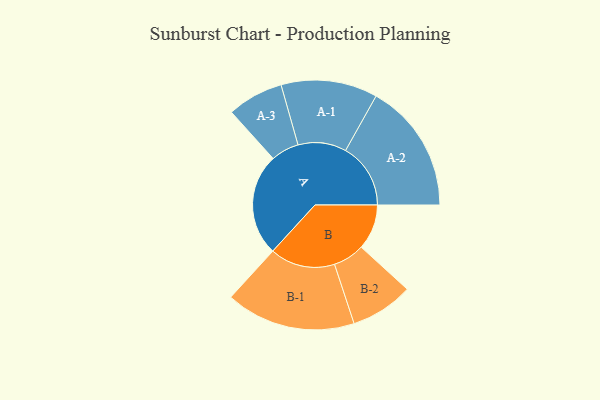
{"axis": {"x": "Segment", "y": "Value"}, "legend": ["", "A", "B"], "data": [{"x": "A", "y": 426, "type": ""}, {"x": "B", "y": 189, "type": ""}, {"x": "A-1", "y": 201, "type": "A"}, {"x": "A-2", "y": 271, "type": "A"}, {"x": "A-3", "y": 117, "type": "A"}, {"x": "B-1", "y": 271, "type": "B"}, {"x": "B-2", "y": 131, "type": "B"}]}